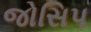
જોસિપ